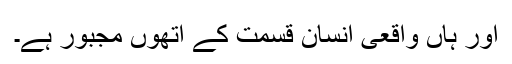
اور ہاں واقعی انسان قسمت کے اتھوں مجبور ہے۔